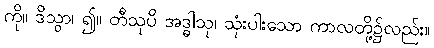
ကို။ ဒိသွာ၊ ၍။ တီသုပိ အဒ္ဓါသု၊ သုံးပါးသော ကာလတို့၌လည်း။